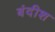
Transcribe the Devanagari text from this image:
बंदीश